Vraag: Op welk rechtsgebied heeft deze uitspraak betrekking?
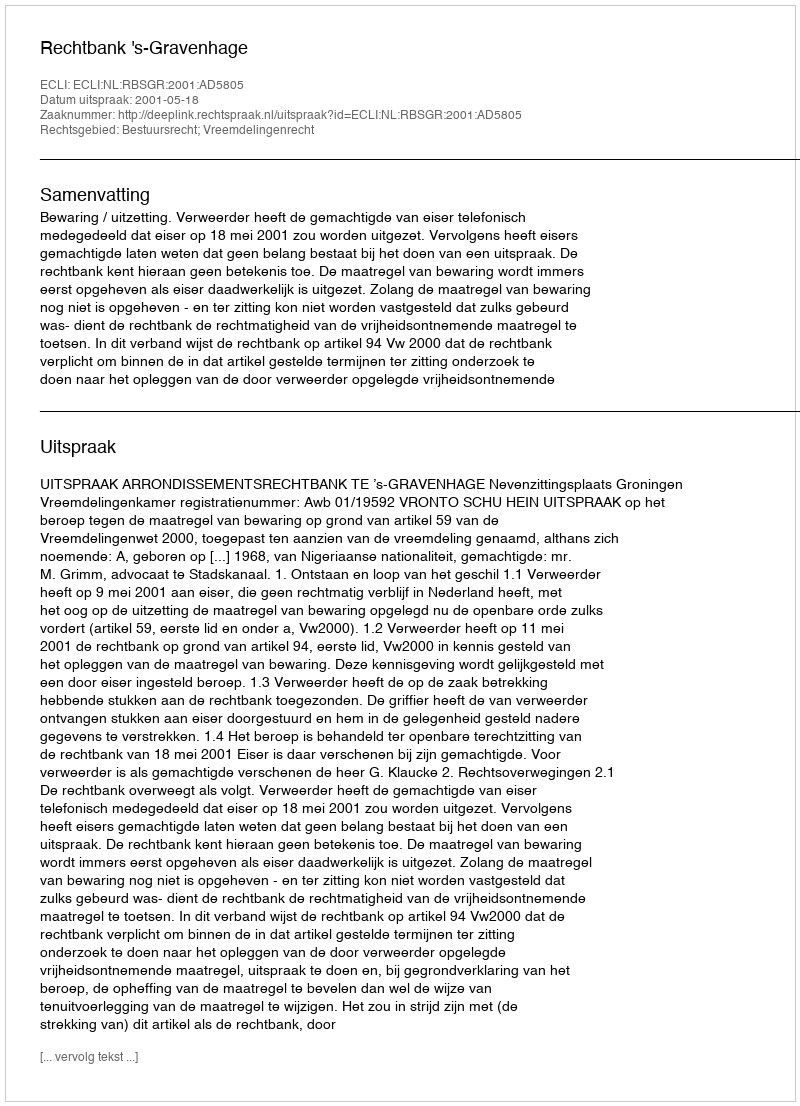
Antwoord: Bestuursrecht; Vreemdelingenrecht